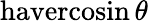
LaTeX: \operatorname{havercosin}\theta